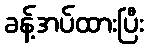
ခန့်အပ်ထားပြီး